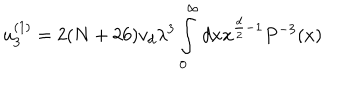
u _ { 3 } ^ { ( 1 ) } = 2 ( N + 2 6 ) v _ { d } \lambda ^ { 3 } \int _ { 0 } ^ { \infty } { d x } x ^ { \frac { d } { 2 } - 1 } P ^ { - 3 } ( x )